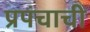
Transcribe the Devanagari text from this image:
प्रपंचाची